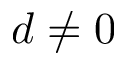
d \neq 0